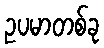
ဥပမာတစ်ခု